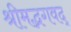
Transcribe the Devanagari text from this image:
श्रीमद्भगवद्